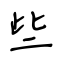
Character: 些